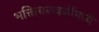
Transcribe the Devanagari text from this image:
भक्तिचळवळींमध्ये